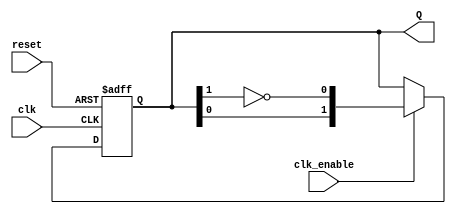
module JohnsonCounter #(parameter N = 2) (
    input wire clk,         // Clock signal
    input wire reset,       // Asynchronous reset signal
    input wire clk_enable,  // Clock enable signal
    output reg [N-1:0] Q    // Output state of the counter
);

    always @(posedge clk or posedge reset) begin
        if (reset) begin
            Q <= {N{1'b0}}; // Initialize to all zeros
        end else if (clk_enable) begin
            Q <= {Q[N-2:0], ~Q[N-1]}; // Shift and invert last bit
        end
    end

endmodule